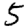
Digit: 5